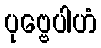
ပုဗ္ဗေပါဟံ